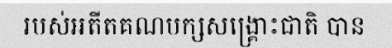
របស់អតីតគណបក្សសង្គ្រោះជាតិ បាន